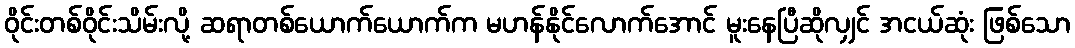
ဝိုင်းတစ်ဝိုင်းသိမ်းလို့ ဆရာတစ်ယောက်ယောက်က မဟန်နိုင်လောက်အောင် မူးနေပြီဆိုလျှင် အငယ်ဆုံး ဖြစ်သော